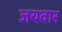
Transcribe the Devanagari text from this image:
जयवार